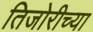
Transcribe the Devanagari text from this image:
तिजोरीच्या